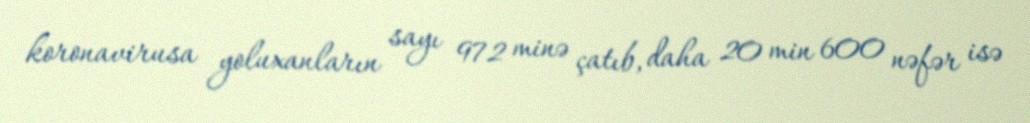
koronavirusa yoluxanların sayı 972 minə çatıb, daha 20 min 600 nəfər isə